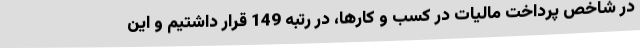
در شاخص پرداخت مالیات در کسب و کارها، در رتبه 149 قرار داشتیم و این